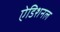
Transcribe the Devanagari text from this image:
ऐडिशनल